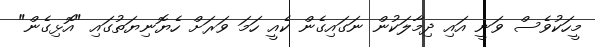
މީހަކުވެސް ވަނީ އައި ދިމާލަކުން ނަގައިގެން ކެއީ ހަމަ ވަރަށް ހެޔޮނިޔަތުގައި "އޮޅިގެން"